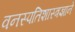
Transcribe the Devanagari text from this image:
वनस्पतिशास्त्रज्ञाने